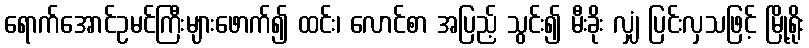
ရောက်အောင်ဥမင်ကြီးများဖောက်၍ ထင်း၊ လောင်စာ အပြည့် သွင်း၍ မီးခိုး လျှံ ပြင်းလှသဖြင့် မြို့ရိုး